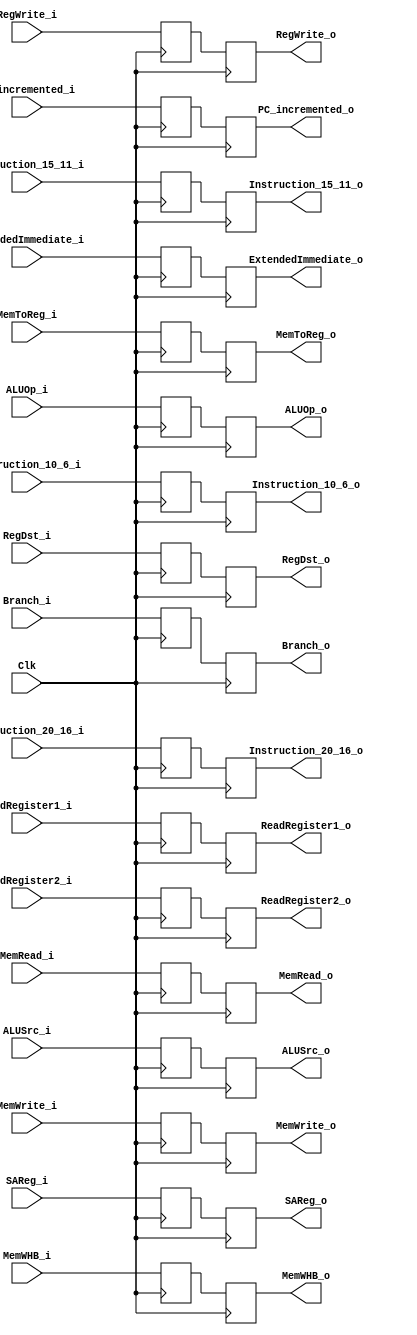
`timescale 1ns / 1ps
//////////////////////////////////////////////////////////////////////////////////
// Company: 
// Engineer: 
// 
// Design Name: 
// Module Name: IDRegister
// Project Name: 
// Target Devices: 
// Tool Versions: 
// Description: 
// 
// Dependencies: 
// 
// Revision:
// Revision 0.01 - File Created
// Additional Comments:
// 
//////////////////////////////////////////////////////////////////////////////////
//Percentages
//Mason: 33%
//Alex: 33%
// Ali: 33%

module ID_EX_Register(
    input Clk,
    //controller inputs 
    input RegWrite_i,
    input Branch_i,
    input [3:0]ALUOp_i,
    input RegDst_i,
    input ALUSrc_i,
    input MemWrite_i,
    input MemRead_i,
    input MemToReg_i,
    input SAReg_i,
    input [1:0] MemWHB_i,
    //GPR inputs
    input [31:0] ReadRegister1_i, ReadRegister2_i,
    input [20:16] Instruction_20_16_i,
    input [15:11] Instruction_15_11_i,
    input [10:6] Instruction_10_6_i,

    //other inputs
    input [31:0] ExtendedImmediate_i,
    input [31:0] PC_incremented_i,
    ////////////////////////////////////////
    //outputs
    //controller output = input_o
    //execute
    output reg ALUSrc_o,
    output reg [3:0] ALUOp_o,
    output reg RegDst_o,
    output reg MemWrite_o,
    output reg MemRead_o,
    output reg Branch_o,
    output reg SAReg_o,
    output reg [1:0] MemWHB_o,
    //write-back
    output reg RegWrite_o,
    output reg MemToReg_o,
    //GPR output regs
    output reg [31:0] ReadRegister1_o, ReadRegister2_o,
    output reg [20:16] Instruction_20_16_o,
    output reg [15:11] Instruction_15_11_o,
    output reg [10:6] Instruction_10_6_o,
    //other output regs
    output reg [31:0] ExtendedImmediate_o,
    output reg [31:0] PC_incremented_o
);
    
    reg RegWrite;
    reg Branch;
    reg [3:0] ALUOp;
    reg RegDst;
    reg ALUSrc;
    reg MemWrite;
    reg MemRead;
    reg MemToReg;
    reg SAReg;
    reg [1:0] MemWHB;
    //GPR  regs
    reg [31:0] ReadRegister1, ReadRegister2;
    reg [20:16] Instruction_20_16;
    reg [15:11] Instruction_15_11;
    reg [10:6] Instruction_10_6;
    //other  regs
    reg [31:0] ExtendedImmediate;
    reg [31:0] PC_incremented;
    
    initial begin
        Branch <= 0;
        Branch_o <= 1'b0;
    end
    
    always @(posedge Clk) begin
         RegWrite <= RegWrite_i;
         Branch <= Branch_i;
         ALUOp <= ALUOp_i;
         RegDst <= RegDst_i;
         ALUSrc <= ALUSrc_i;
         MemWrite <= MemWrite_i;
         MemRead <= MemRead_i;
         
         MemToReg <= MemToReg_i;
         SAReg <= SAReg_i;
         MemWHB <= MemWHB_i;
         
         ReadRegister1 <= ReadRegister1_i;
         ReadRegister2 <= ReadRegister2_i;
         Instruction_20_16 <= Instruction_20_16_i;
         Instruction_15_11 <= Instruction_15_11_i;
         Instruction_10_6 <= Instruction_10_6_i;

         ExtendedImmediate <= ExtendedImmediate_i;
         PC_incremented <= PC_incremented_i;
    end
    
    always @(negedge Clk) begin
         RegWrite_o <= RegWrite;
         Branch_o <= Branch;
         ALUOp_o <= ALUOp;
         RegDst_o <= RegDst;
         ALUSrc_o <= ALUSrc;
         MemWrite_o <= MemWrite;
         MemRead_o <= MemRead;
      
         MemToReg_o <= MemToReg;
         SAReg_o <= SAReg;
         MemWHB_o <= MemWHB;
         
         ReadRegister1_o <= ReadRegister1;
         ReadRegister2_o <= ReadRegister2;
         Instruction_20_16_o <= Instruction_20_16;
         Instruction_15_11_o <= Instruction_15_11;
         Instruction_10_6_o <= Instruction_10_6;
         
         ExtendedImmediate_o <= ExtendedImmediate;
         PC_incremented_o <= PC_incremented;
     end
    
endmodule